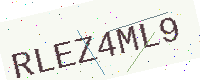
Text: RLEZ4ML9